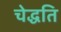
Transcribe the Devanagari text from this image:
चेद्धति